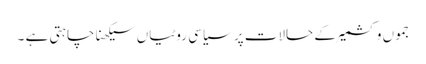
جموں و کشمیر کے حالات پر سیاسی روٹیاں سیکھنا چاہتی ہے ۔